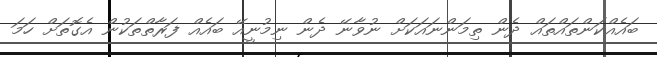
ބައެއްކަންތައްތައް ދެން ތިމަންނައަކަށް ނުވާނޭ ދެން ނިމުނީއޭ ބައެއް ފަރާތްތަކުން އެގޮތަށް ހަމަ